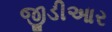
જીડીઆર